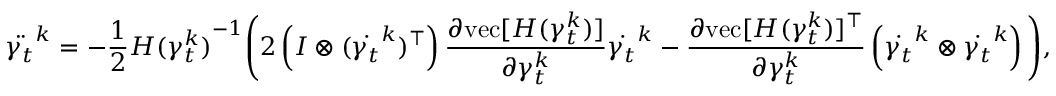
\ddot { \gamma _ { t } } ^ { k } = - \frac { 1 } { 2 } { H ( \gamma _ { t } ^ { k } ) } ^ { - 1 } \Bigg ( 2 \left( I \otimes ( \dot { \gamma _ { t } } ^ { k } ) ^ { \top } \right) \frac { \partial \mathrm { v e c } [ H ( \gamma _ { t } ^ { k } ) ] } { \partial \gamma _ { t } ^ { k } } \dot { \gamma _ { t } } ^ { k } - \frac { \partial \mathrm { v e c } [ H ( \gamma _ { t } ^ { k } ) ] ^ { \top } } { \partial \gamma _ { t } ^ { k } } \left( \dot { \gamma _ { t } } ^ { k } \otimes \dot { \gamma _ { t } } ^ { k } \right) \Bigg ) ,